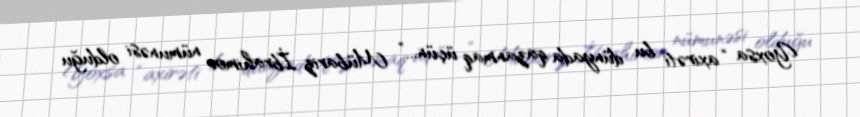
Yoxsa “axirəti bu dünyada qazanmaq üçün...” Mübariz İbrahimov nümunəsi olduğu